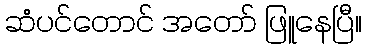
ဆံပင်တောင် အတော် ဖြူနေပြီ။